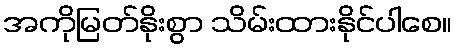
အကိုမြတ်နိုးစွာ သိမ်းထားနိုင်ပါစေ။